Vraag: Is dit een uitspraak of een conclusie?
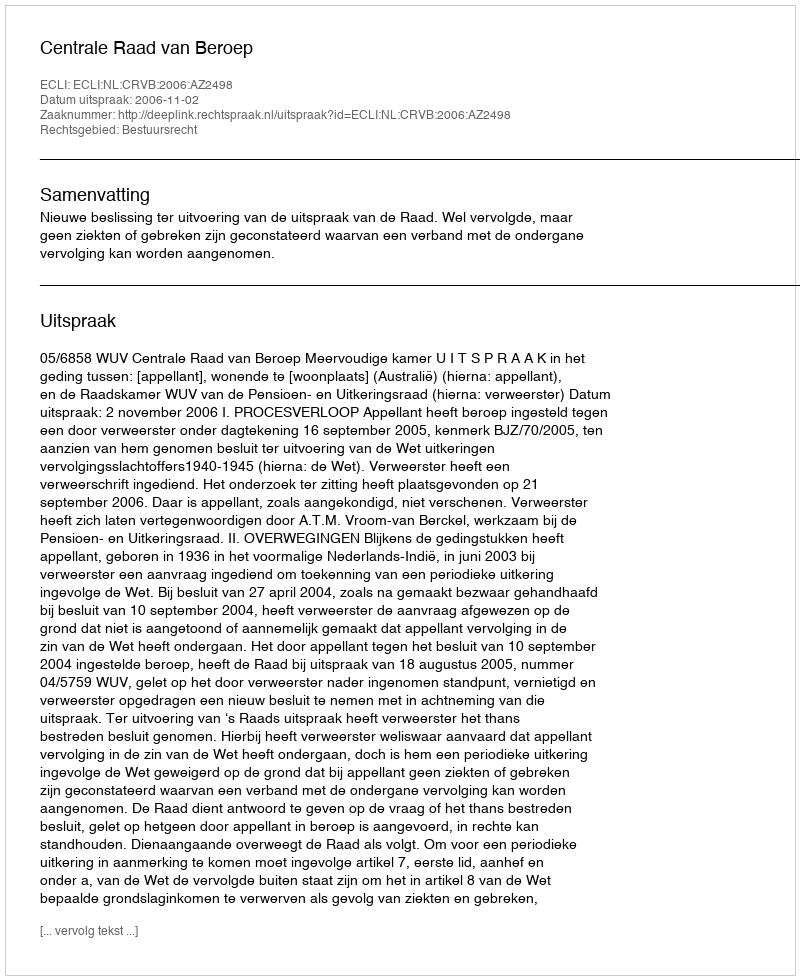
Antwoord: Uitspraak